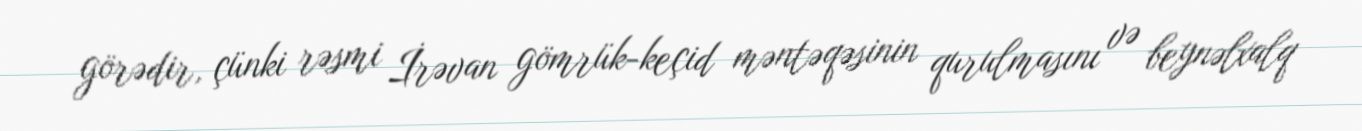
görədir, çünki rəsmi İrəvan gömrük-keçid məntəqəsinin qurulmasını və beynəlxalq